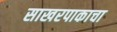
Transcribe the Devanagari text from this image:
साखरपाकाचा